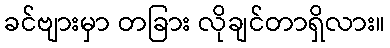
ခင်ဗျားမှာ တခြား လိုချင်တာရှိလား။